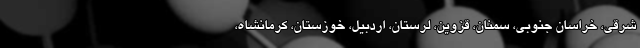
شرقی، خراسان جنوبی، سمنان، قزوین، لرستان، اردبیل، خوزستان، کرمانشاه،